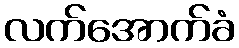
လက်အောက်ခံ